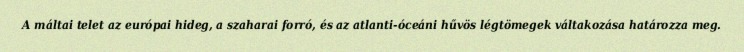
A máltai telet az európai hideg, a szaharai forró, és az atlanti-óceáni hűvös légtömegek váltakozása határozza meg.